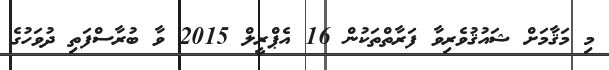
މި މަޤާމަށް ޝައުޤުވެރިވާ ފަރާތްތަކުން 16 އެޕްރީލް 2015 ވާ ބުރާސްފަތި ދުވަހުގެ